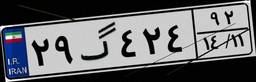
۲۰گ۸۲۱۰۲